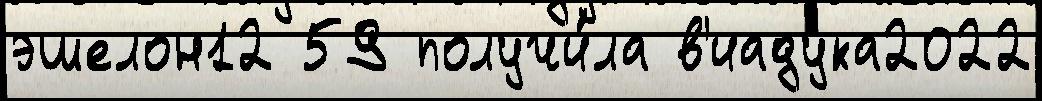
эшелон12 59 получи́ла в'иадука2022